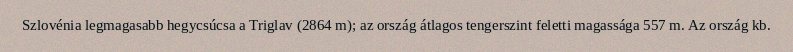
Szlovénia legmagasabb hegycsúcsa a Triglav (2864 m); az ország átlagos tengerszint feletti magassága 557 m. Az ország kb.